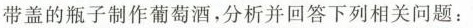
带盖的瓶子制作葡萄酒，分析并回答下列相关问题：